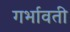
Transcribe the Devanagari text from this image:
गर्भावती